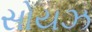
સોયઝ